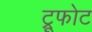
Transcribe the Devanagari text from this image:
ट्रूफोट